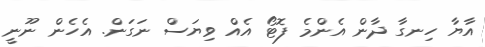
އާޔާ ހިނގާ ދާން އެންމެ ފޮޓޯ އެއް ވިޔަސް ނަގަން. އެހެން ނޫނީ